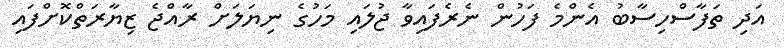
އަދި ތަފާސްހިސާބު އެންމެ ފަހުން ނެރެފައިވާ ޖުލައި މަހުގެ ނިޔަލަށް ރާއްޖެ ޒިޔާރަތްކޮށްފައި